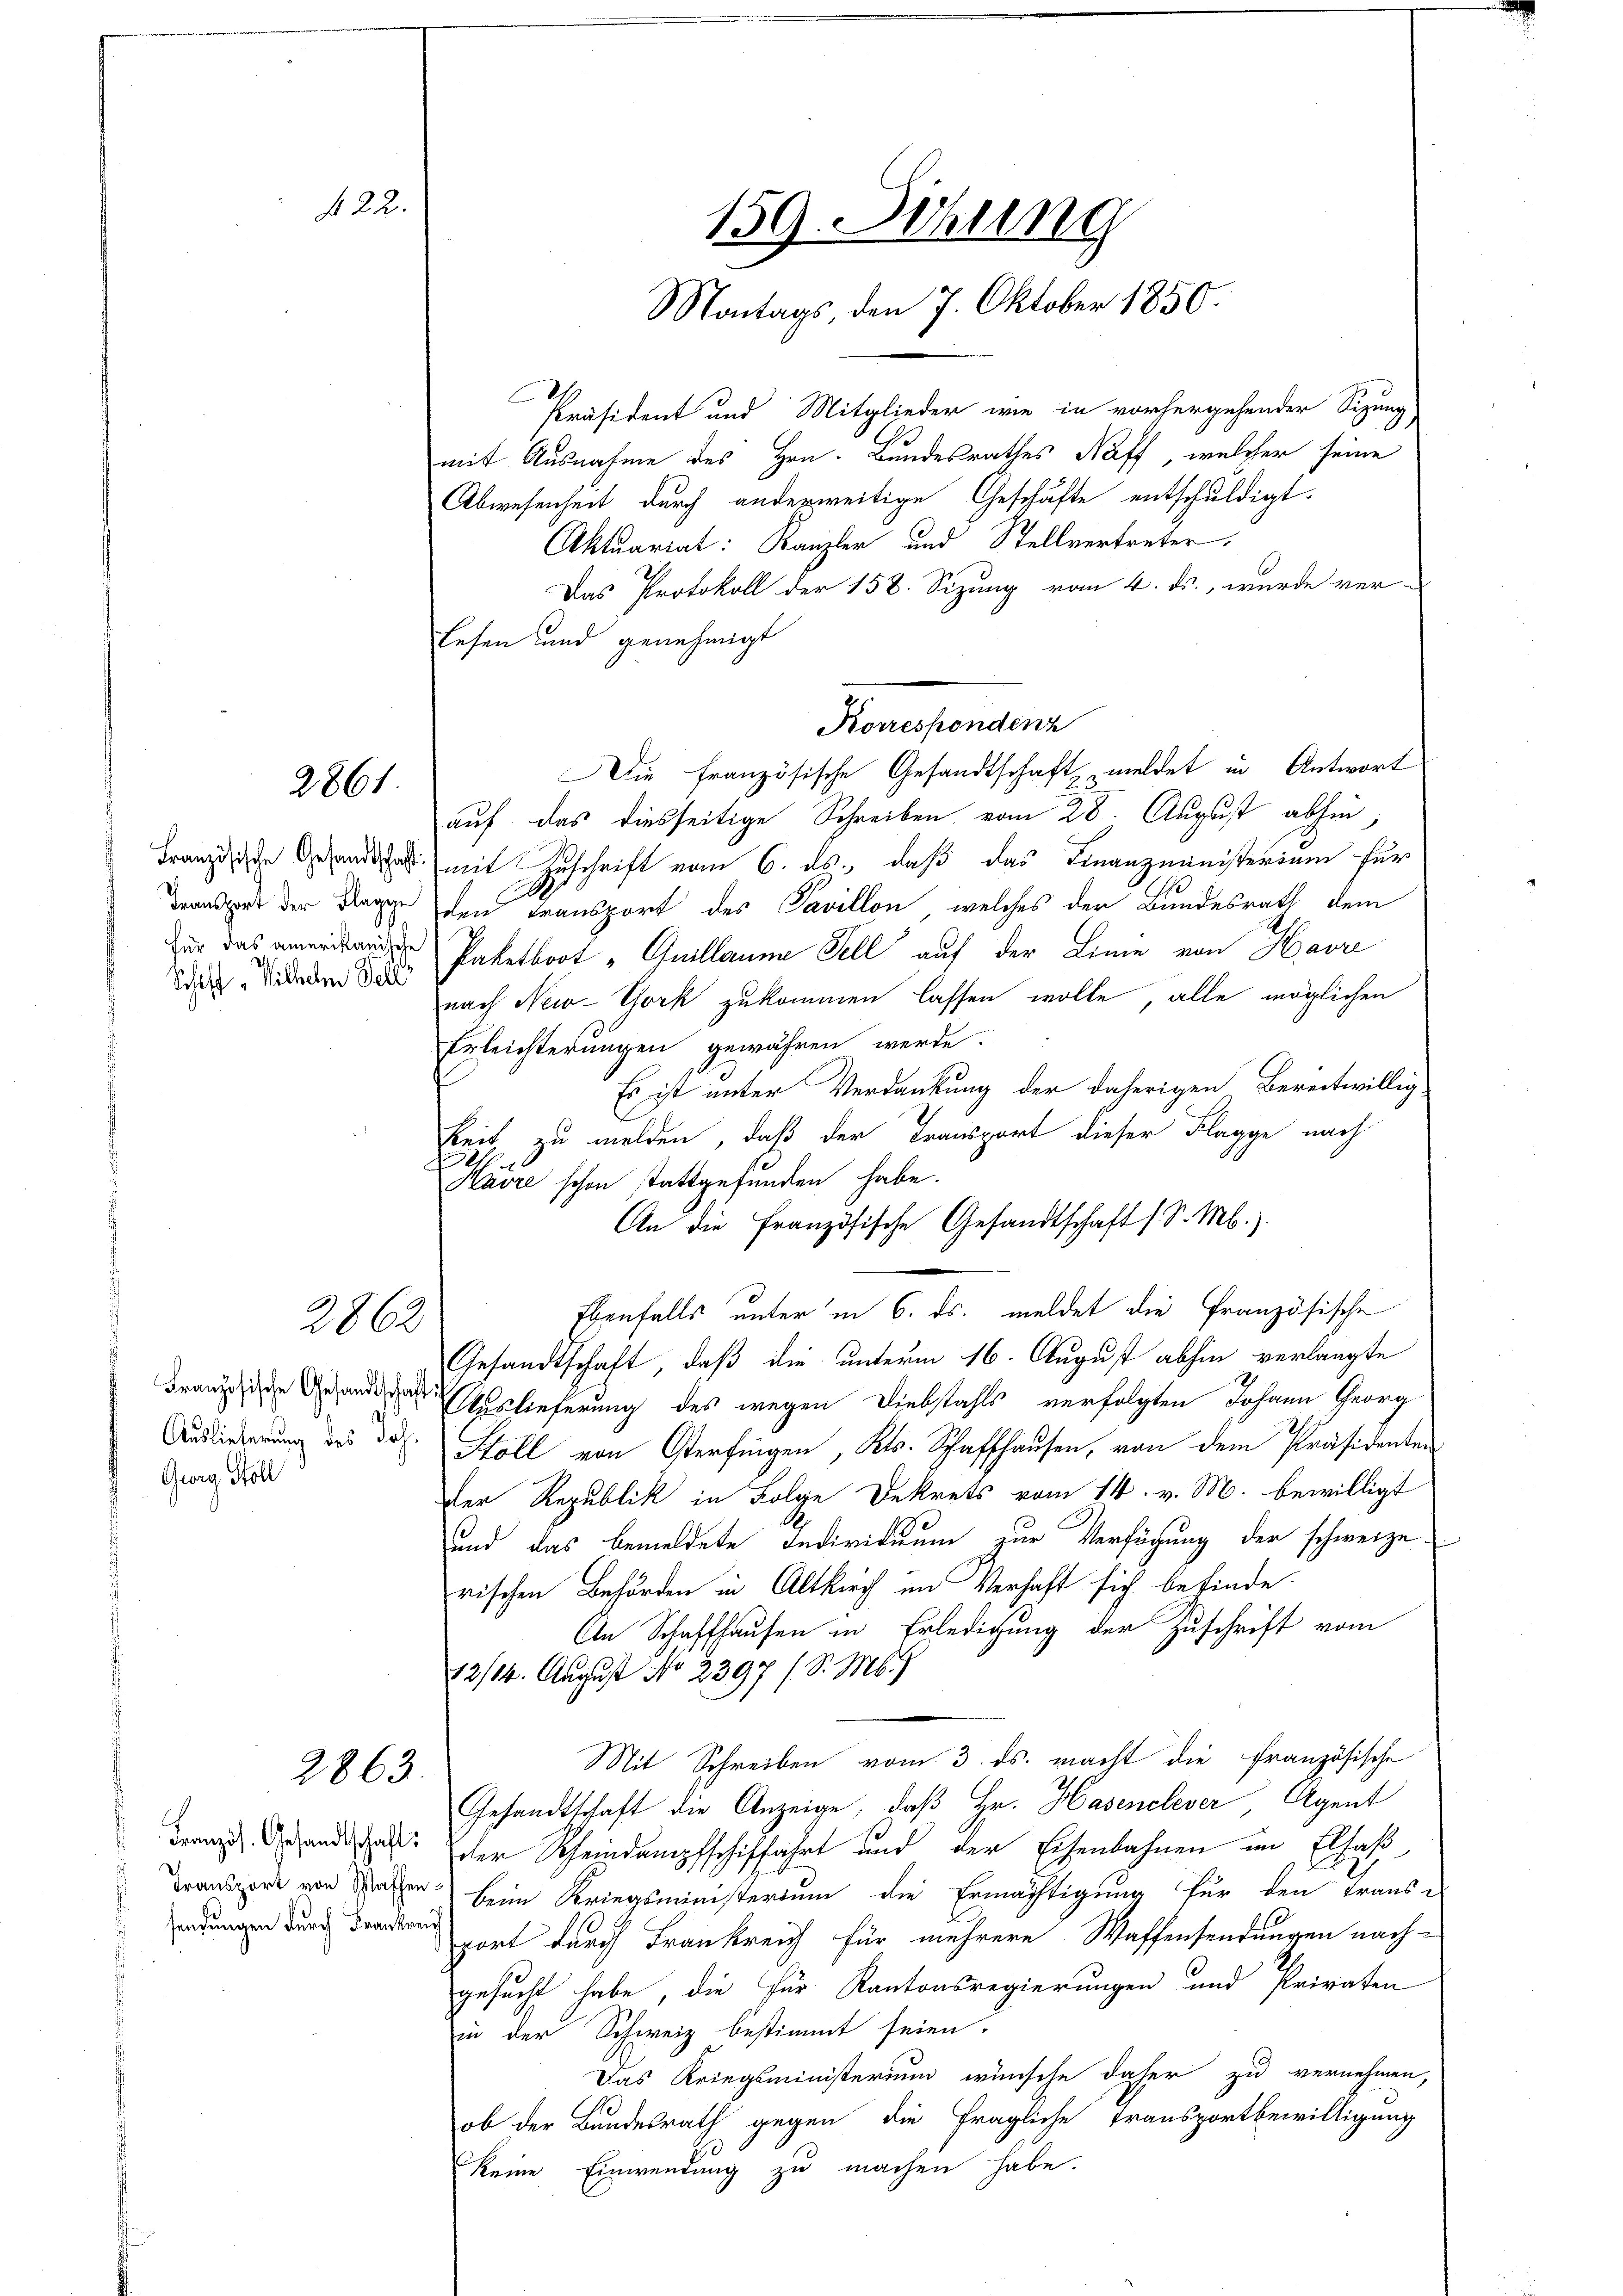
f 24

2861.

Schiff "Wilhelm Fell

2862

Französische Gesandtschaft
Georg Stoll

2863.

sendungen durch Frankreich

Präsident und Mitglieder wie in vorhergehender Sizung,
mit Ausnahme des Hrn. Bundesrathes Naff, welcher seine
Abwesenheit durch anderweitige Geschäfte entschuldigt.
Aktuariat: Kanzler und Stellvertreter,
Das Protokoll der 158. Sizung vom 4. ds., wurde ver-
Eesen und genehmigt
Korrespondenz
Die französische Gesandtschaft meldet in Antwort
auf das diesseitige Schreiben vom 28. August abhin,
Franz an mit Zuschrift vom 6. ds. daß das Finanzministerium für
Transport der Tage den Transport des Pavillon, welches der Bundesrath dem
dur das Paketboot "Guillaume Fell auf der Linie von Havre
nach New-York zukommen lassen wolle, alle möglichen
Erleichterungen gewähren werde.
Es ist unter Verdankung der daherigen Bereitwillig
keit zu melden, daß der Transport dieser Flagge nach
3
Kavre schon stattgefunden habe.
An die Französische Gesandtschaft s. S. M.).
Ebenfalls unter in 6. ds. meldet die französische
Gesandtschaft, daß die unterm 16. August abhin verlangte
Auslieferung des wegen Diebstahls verfolgten Johann Georg
Ausiederung des Joh. Stoll von Oerfingen, Kts. Schaffhausen, von dem Präsidenten
der Republik in Folge Dekrets vom 14. v. M. bewilligt
und das bemeldete Individuum zur Verfügung der schweizerischen Behörden in Altkirch im Verhaft sich befinde.
An Schaffhausen in Erledigung der Zuschrift vom
12/14. August No 2397 (S. M.)
Mit Schreiben vom 3. ds. macht die französische
Gesandtschaft die Anzeige, daß Hr. Hasenelever Agent
Tranz Grandidat der Scheindampfschiffahrt und der Eisenbahnen im Elsaß
Transport von Wassen beim Kriegsministerium die Ermächtigung für den Trans-
port durch Frankreich für mehrere Waffensendungen nach-
gesucht habe, die für Kantonsregierungen und Privaten
in der Schweiz bestimmt seien.
Das Kriegsministerium wünsche daher zu vernehmen,
ob der Bundesrath gegen die fragliche Transportbewilligung
keine Einwendung zu machen habe.

159. Sitzung
Montags, den 7. Oktober 1850.